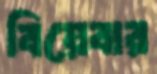
বিয়েবার